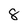
Character: 8